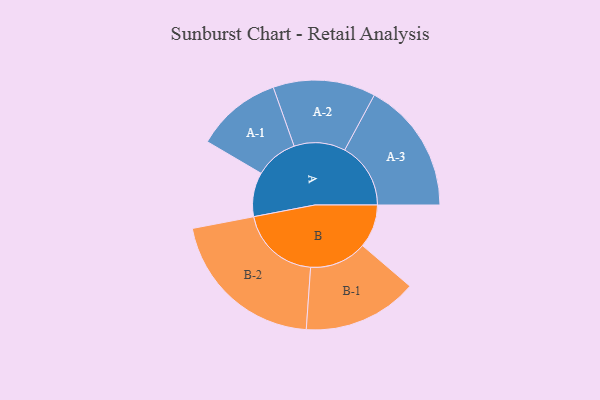
{"axis": {"x": "Segment", "y": "Value"}, "legend": ["", "A", "B"], "data": [{"x": "A", "y": 162, "type": ""}, {"x": "B", "y": 159, "type": ""}, {"x": "A-1", "y": 157, "type": "A"}, {"x": "A-2", "y": 188, "type": "A"}, {"x": "A-3", "y": 242, "type": "A"}, {"x": "B-1", "y": 210, "type": "B"}, {"x": "B-2", "y": 295, "type": "B"}]}